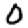
Digit: 0